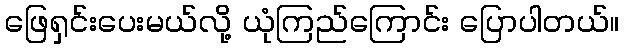
ဖြေရှင်းပေးမယ်လို့ ယုံကြည်ကြောင်း ပြောပါတယ်။